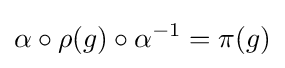
\alpha \circ \rho (g)\circ \alpha ^{-1}=\pi (g)